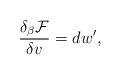
LaTeX: \begin{align*} \frac{\delta_{\beta}\mathcal{F}}{\delta v}=dw', \end{align*}